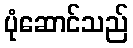
ပုံဆောင်သည်